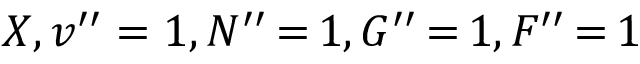
X , v ^ { \prime \prime } = 1 , N ^ { \prime \prime } \, { = } \, 1 , G ^ { \prime \prime } \, { = } \, 1 , F ^ { \prime \prime } \, { = } \, 1